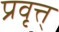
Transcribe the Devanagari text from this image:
प्रवृत्त्